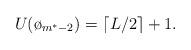
LaTeX: \begin{align*}U(\o_{m^*-2}) = \lceil L/2 \rceil +1.\end{align*}